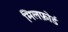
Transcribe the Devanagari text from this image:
मिलफ़ोर्ड